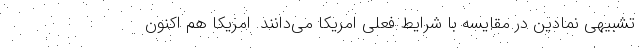
تشبیهی نمادین در مقایسه با شرایط فعلی امریکا می‌دانند. امریکا هم اکنون